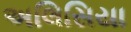
અલિસિયા